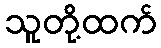
သူတို့ထက်